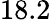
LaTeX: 18.2